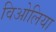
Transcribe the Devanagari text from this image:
विओलिया